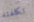
تكلفته